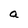
Character: a